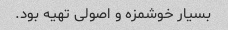
بسیار خوشمزه و اصولی تهیه بود.